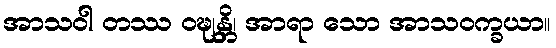
အာသဝါ တဿ ဝဍ္ဎုန္တိ၊ အာရာ သော အာသဝက္ခယာ။